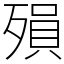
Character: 殞